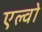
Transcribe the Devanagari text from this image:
एल्वो